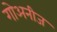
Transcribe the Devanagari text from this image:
गोअनीज